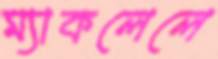
ম্যাকলেলে